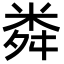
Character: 粦